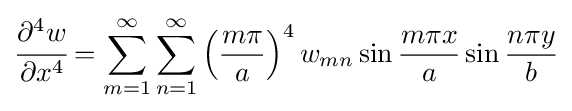
{\cfrac {\partial ^{4}w}{\partial x^{4}}}=\sum _{m=1}^{\infty }\sum _{n=1}^{\infty }\left({\frac {m\pi }{a}}\right)^{4}w_{mn}\sin {\frac {m\pi x}{a}}\sin {\frac {n\pi y}{b}}